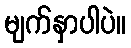
မျက်နှာပါပဲ။